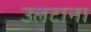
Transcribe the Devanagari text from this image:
उलटाना